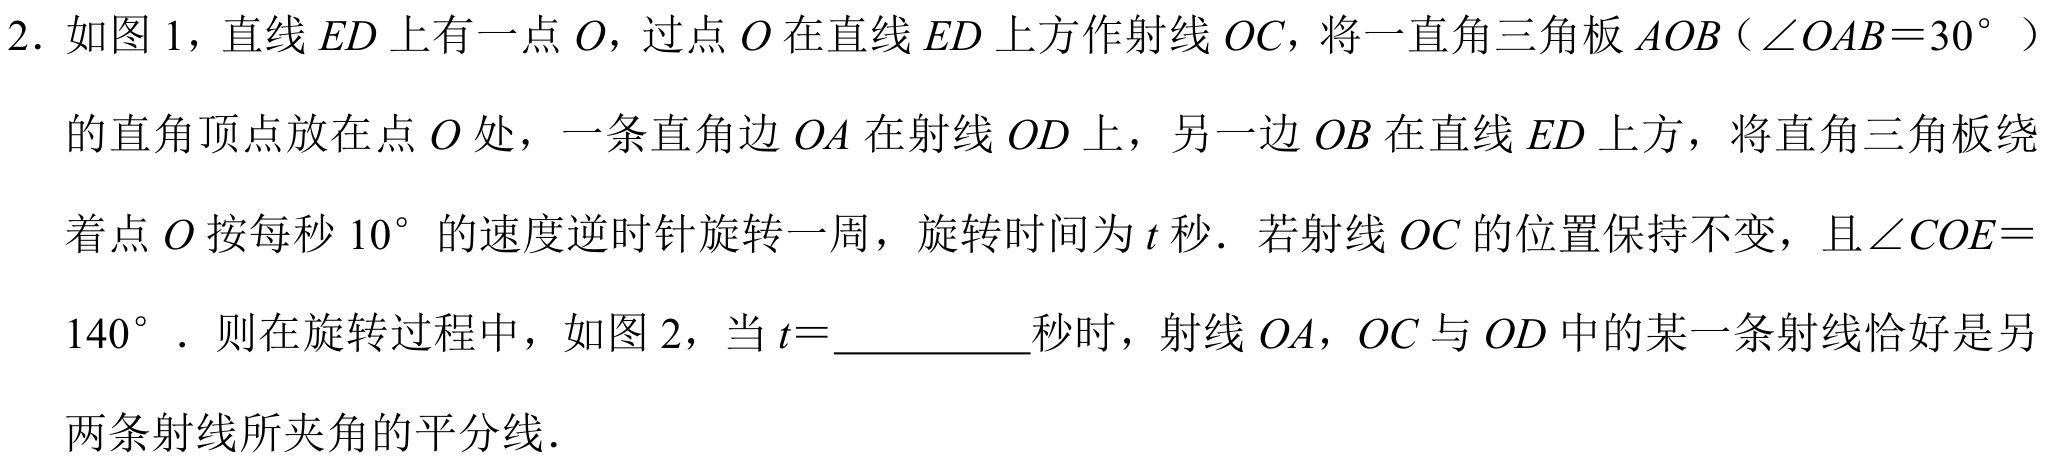
2. 如图 1，直线 \(ED\) 上有一点 \(O\)，过点 \(O\) 在直线 \(ED\) 上方作射线 \(OC\)，将一直角三角板 \(AOB（\angle OAB = 30^{\circ}）\)
的直角顶点放在点 \(O\) 处，一条直角边 \(OA\) 在射线 \(OD\) 上，另一边 \(OB\) 在直线 \(ED\) 上方，将直角三角板绕
着点 \(O\) 按每秒 \(10^{\circ}\) 的速度逆时针旋转一周，旋转时间为 \(t\) 秒．若射线 \(OC\) 的位置保持不变，且\(\angle COE =\)
\(140^{\circ}\)．则在旋转过程中，如图 2，当 \(t =\)__________秒时，射线 \(OA\)，\(OC\) 与 \(OD\) 中的某一条射线恰好是另
两条射线所夹角的平分线．